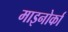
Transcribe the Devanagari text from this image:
माइनोर्का